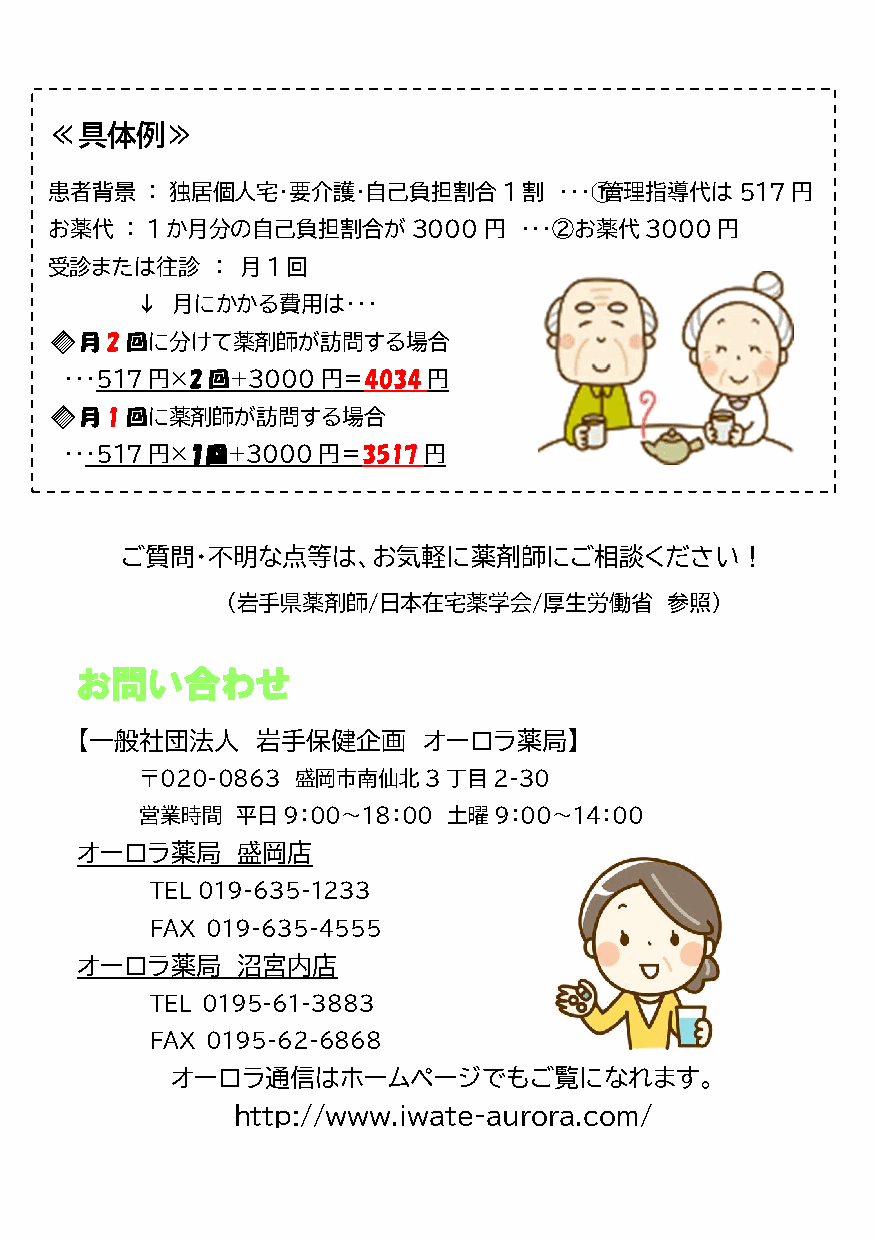
≪具体例≫
 患者 背景  ： 独居個人宅・要介護・自己負担割合1割       ・・・➀管理指導代は517円
 お薬代  ： 1か月分の自己負担割合が3000円       ・・・②お薬代3000円
 受診または往診    ： 月1回
 ↓ 月にかかる費用は・・・
 🔶月2回に分けて薬剤師が訪問する場合
 ・・・517円×2回+3000円＝4034円
 🔶月1回に薬剤師が訪問する場合
 ・・・517円×１回+3000円＝3517円
 ご質問・不明な点等は、お気軽に薬剤師にご相談ください！
 （岩手県薬剤師/日本在宅薬学会/厚生労働省        参照）
 お問い合わせ
 【一般社団法人     岩手保健企画     オーロラ薬局】
 〒020-0863  盛岡市南仙北3丁目2-30
 営業時間   平日9：00～18：00  土曜9：00～14：00
 オーロラ薬局     盛岡店
 TEL 019-635-1233
 FAX 019-635-4555
 オーロラ薬局     沼宮内店
 TEL 0195-61-3883
 FAX 0195-62-6868
 オーロラ通信はホームページでもご覧になれます。
 http://www.iwate-aurora.com/